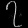
Digit: ၇